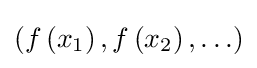
\left(f\left(x_{1}\right),f\left(x_{2}\right),\ldots \right)